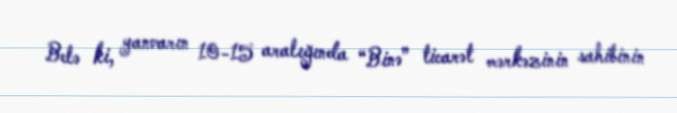
Belə ki, yanvarın 10-15 aralığında “Binə” ticarət mərkəzinin sahibinin